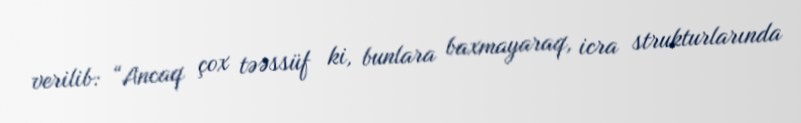
verilib: “Ancaq çox təəssüf ki, bunlara baxmayaraq, icra strukturlarında